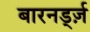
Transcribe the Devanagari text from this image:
बारनर्ड्ज़